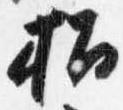
招